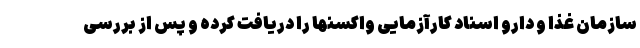
سازمان غذا و دارو اسناد کارآزمایی واکسنها را دریافت کرده و پس از بررسی